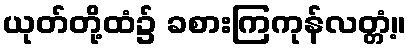
ယုတ်တို့ထံ၌ ခစားကြကုန်လတ္တံ့။